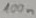
Text: 100n